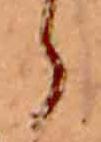
ら